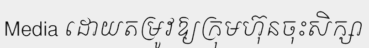
Media ដោយតម្រូវឱ្យក្រុមហ៊ុនចុះសិក្សា